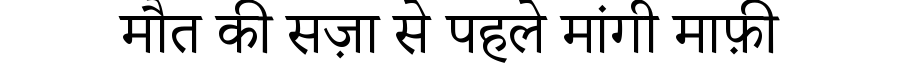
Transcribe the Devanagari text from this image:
मौत की सज़ा से पहले मांगी माफ़ी